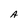
Character: A